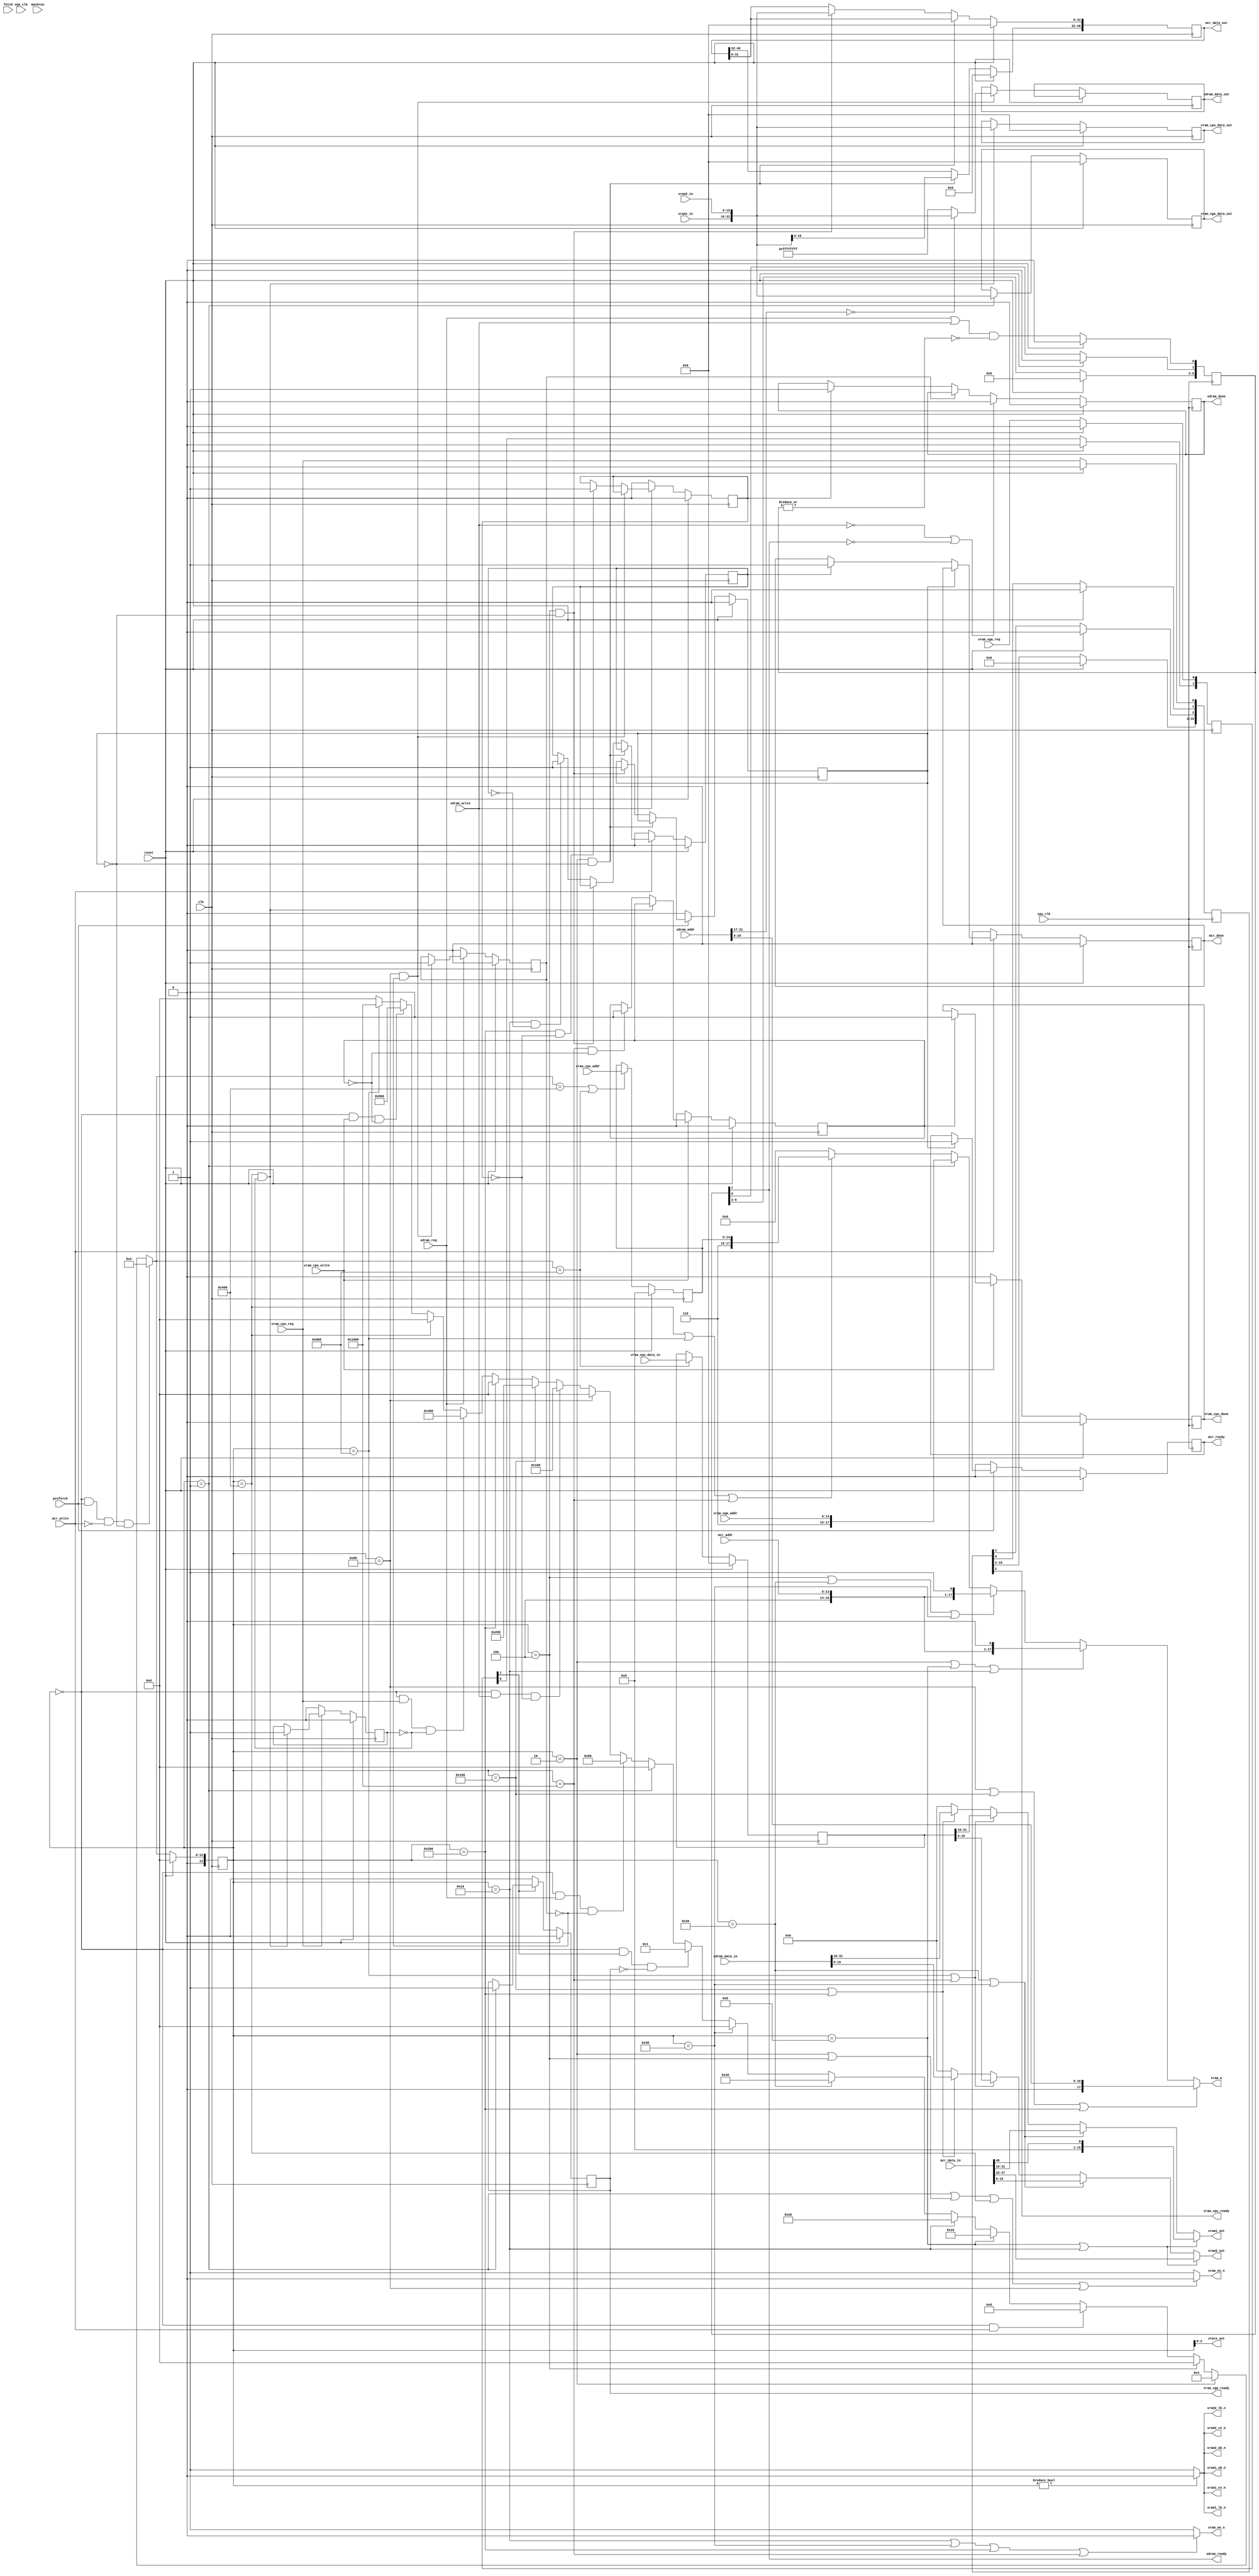
// fast_ram_controller.v

/* 
 * Basic 4 port ram controller with sram backend
 * used on fpga boards (like the S3 board) which only have sram;
 * basically everything is jammed into the one sdram
 * 
 * This version runs at 8x the main clock and hides all it's activity, using
 * two different state machines.  The 8x machine does the real work and samples
 * signals from the 1x machine.  The 1x machine services the cpu requests and
 * samples signals from the 8x machine.
 * 
 * ports:
 * 	microcode	r/w, 64 bits
 * 	sdram		r/w, 32 bits
 * 	vram vga	r/o, 32 bits
 * 	vram cpu	r/w, 32 bits
 *
 * CPU states:
 *  | decode | execute | write  | fetch  | decode | execute | write  | fetch  |
 *                         ^        ^
 *                         |        + valid mcr data
 *                         |
 *                         + latch mcr data / mcr write
 *
 *
 *
 *
 *  cpu		controller			ram
 * 
 *  decode					
 *  execute					
 *  write	prefetch/latch-mcr-data		
 *  fetch	fetch				
 *
 * states
 * S_MCR_WR1 -> S_MCR_WR2
 * 		assert address & data
 * S_MCR_WR2 -> S_MCR_WR3
 * 		we, wr mcr hi
 * S_MCR_WR3 -> S_MCR_WR3
 * 		assert address & data
 * S_MCR_WR4
 * 		we, wr mcr lo
 * S_VGA_RD
 * 		vram-rd; latch vram-vga data
 * S_MCR_RD1 -> S_MCR_RD2
 * 		latch mcr data hi
 * S_MCR_RD2
 * 		latch mcr data lo
 * S_VRAM_WR1 -> S_VRAM_WR2
 * 		assert address & data
 * S_VRAM_WR2
 * 		we, vram-wr
 * S_VRAM_RD
 * 		vram-rd; latch vram-cpu data
 * S_SDRAM_RD
 * 		sdram-rd; latch sdram data
 * S_SDRAM_WR1 -> S_SDRAM_WR2
 * 		assert address & data
 * S_SDRAM_WR2
 * 		we, sdram-wr
*/

module fast_ram_controller(
			   clk, vga_clk, cpu_clk,
			   reset, prefetch, fetch, machrun, state_out,

			   mcr_addr, mcr_data_out, mcr_data_in,
			   mcr_ready, mcr_write, mcr_done,

			   sdram_addr, sdram_data_in, sdram_data_out,
			   sdram_req, sdram_ready, sdram_write, sdram_done,

			   vram_cpu_addr, vram_cpu_data_in, vram_cpu_data_out,
			   vram_cpu_req, vram_cpu_ready,
			   vram_cpu_write, vram_cpu_done,

			   vram_vga_addr, vram_vga_data_out,
			   vram_vga_req, vram_vga_ready,

			   sram_a, sram_oe_n, sram_we_n,

			   sram1_in, sram1_out, sram1_ce_n,
			   sram1_ub_n, sram1_lb_n,

			   sram2_in, sram2_out, sram2_ce_n,
			   sram2_ub_n, sram2_lb_n);

   input clk;
   input vga_clk;
   input cpu_clk;

   input reset;
   input prefetch;
   input fetch;
   input machrun;
   output [3:0] state_out;
   
   input [13:0]  mcr_addr;
   output [48:0] mcr_data_out;
   input [48:0]  mcr_data_in;
   output 	 mcr_ready;
   input 	 mcr_write;
   output 	 mcr_done;

   input [21:0]  sdram_addr;
   output [31:0] sdram_data_out;
   input [31:0]  sdram_data_in;
   input 	 sdram_req;
   output 	 sdram_ready;
   input 	 sdram_write;
   output 	 sdram_done;

   input [14:0]  vram_cpu_addr;
   output [31:0] vram_cpu_data_out;
   input [31:0]  vram_cpu_data_in;
   input 	 vram_cpu_req;
   output 	 vram_cpu_ready;
   input 	 vram_cpu_write;
   output 	 vram_cpu_done;

   input [14:0]  vram_vga_addr;
   output [31:0] vram_vga_data_out;
   input 	 vram_vga_req;
   output 	 vram_vga_ready;

   output [17:0] sram_a;
   output 	 sram_oe_n;
   output 	 sram_we_n;
   input [15:0]  sram1_in;
   input [15:0]  sram2_in;
   output [15:0]  sram1_out;
   output [15:0]  sram2_out;
   output 	 sram1_ce_n, sram1_ub_n, sram1_lb_n;
   output 	 sram2_ce_n, sram2_ub_n, sram2_lb_n;

   reg 		 vram_vga_ready;
//   reg 		 vram_cpu_ready;
   reg 		 vram_cpu_done;
   reg 		 sdram_done;
   reg 		 sdram_rdy;

   reg 		 mcr_ready;
   reg 		 mcr_done;
   
   wire 	 mcr_req;

   reg 		 int_mcr_ready;
   reg 		 int_mcr_done;
   reg 		 int_vram_cpu_ready;
   reg 		 int_vram_cpu_done;
   reg 		 int_sdram_done;
   reg 		 int_sdram_rdy;
   
   reg [14:0] 	 vram_cpu_addr_d;
   reg [31:0] 	 vram_cpu_data_in_d;
   
   // ---------------------------

//   parameter S_IDLE        = 0,
//	       S_VGA_RD    = 1,
//	       S_MCR_RD1   = 2,
//	       S_MCR_RD2   = 3,
//	       S_MCR_WR1   = 4,
//	       S_MCR_WR2   = 5,
//	       S_MCR_WR3   = 6,
//	       S_MCR_WR4   = 7,
//	       S_SDRAM_RD  = 8,
//	       S_SDRAM_WR1 = 9,
//	       S_SDRAM_WR2 = 10,
//	       S_VRAM_RD   = 11,
//	       S_VRAM_WR1  = 12,
//	       S_VRAM_WR2  = 13;
   parameter S_IDLE        = 14'b0,
	       S_VGA_RD    = 14'b00000000000001,
	       S_MCR_RD1   = 14'b00000000000010,
	       S_MCR_RD2   = 14'b00000000000100,
	       S_MCR_WR1   = 14'b00000000001000,
	       S_MCR_WR2   = 14'b00000000010000,
	       S_MCR_WR3   = 14'b00000000100000,
	       S_MCR_WR4   = 14'b00000001000000,
	       S_SDRAM_RD  = 14'b00000010000000,
	       S_SDRAM_WR1 = 14'b00000100000000,
	       S_SDRAM_WR2 = 14'b00001000000000,
	       S_VRAM_RD   = 14'b00010000000000,
	       S_VRAM_WR1  = 14'b00100000000000,
	       S_VRAM_WR2  = 14'b01000000000000;
   
   reg [13:0] 	 state; // synthesis attribute fsm_encoding of state is one-hot
   wire [13:0] 	 next_state;

   always @(posedge clk)
     if (reset)
       state <= S_IDLE;
     else
       state <= next_state;

   wire vram_vga_req_sync;

   assign next_state =
      (state == S_IDLE && mcr_req && ~mcr_write && ~int_mcr_ready) ? S_MCR_RD1 :
      (state == S_MCR_RD1) ? S_MCR_RD2 :
      (state == S_MCR_RD2) ? S_IDLE :
      (state == S_IDLE && mcr_write) ? S_MCR_WR1 :
      (state == S_MCR_WR1) ? S_MCR_WR2 :
      (state == S_MCR_WR2) ? S_MCR_WR3 :
      (state == S_MCR_WR3) ? S_MCR_WR4 :
      (state == S_MCR_WR4) ? S_IDLE :
      (state == S_IDLE && vram_vga_req_sync && ~vram_vga_ready) ? S_VGA_RD :
      (state == S_VGA_RD) ? S_IDLE :
      (state == S_IDLE && sdram_req && ~int_sdram_rdy) ? S_SDRAM_RD :
      (state == S_SDRAM_RD) ? S_IDLE :
      (state == S_IDLE && sdram_write && ~int_sdram_done) ? S_SDRAM_WR1 :
      (state == S_SDRAM_WR1) ? S_SDRAM_WR2 :
      (state == S_SDRAM_WR2) ? S_IDLE :
      (state == S_IDLE && vram_cpu_req && ~int_vram_cpu_ready) ? S_VRAM_RD :
      (state == S_VRAM_RD) ? S_IDLE :
      (state == S_IDLE && vram_cpu_write && ~int_vram_cpu_done) ? S_VRAM_WR1 :
      (state == S_VRAM_WR1) ? S_VRAM_WR2 :
      (state == S_VRAM_WR2) ? S_IDLE :
      S_IDLE;
   
   assign state_out = state;
   
   // ---------------------------

   wire 	 vram_access;
   wire 	 sdram_access;
   
   assign 	 vram_access = vram_cpu_write || vram_cpu_req;
   assign 	 sdram_access = sdram_write || sdram_req;

   // sram partition map:
   //  111
   //  765
   //  00x sdram
   //  01x sdram
   //  10x mcr
   //  11x vram

   wire sram_a_sdram;
   wire sram_a_mcr_h;
   wire sram_a_mcr_l;
   wire sram_a_vga;
   wire sram_a_vram;

   assign sram_a_sdram =
	state == S_SDRAM_RD || state == S_SDRAM_WR1 || state == S_SDRAM_WR2;

   assign sram_a_mcr_h =
	state == S_MCR_RD1 || state == S_MCR_WR1 || state == S_MCR_WR2;

   assign sram_a_mcr_l =
	state == S_MCR_RD2 || state == S_MCR_WR3 || state == S_MCR_WR4;

   assign sram_a_vga =
	state == S_VGA_RD;

   assign sram_a_vram = 
	state == S_VRAM_RD || state == S_VRAM_WR1 || state == S_VRAM_WR2;
   
   assign sram_a =
		  sram_a_sdram ? { 1'b0, sdram_addr[16:0] } :
		  sram_a_mcr_h ? { 3'b100, mcr_addr, 1'b0 } :
		  sram_a_mcr_l ? { 3'b100, mcr_addr, 1'b1 } :
		  sram_a_vga   ? { 3'b110, vram_vga_addr } :
		  sram_a_vram  ? { 3'b110, vram_cpu_addr_d } :
		  0;

   assign sram_oe_n =
		     ((state == S_VGA_RD) ||
		      (state == S_MCR_RD1 || state == S_MCR_RD2) ||
		      (state == S_VRAM_RD) ||
		      (state == S_SDRAM_RD)) ? 1'b0 :
		     1'b1;

   assign sram_we_n =
		     ((state == S_MCR_WR2 || state == S_MCR_WR4) ||
		      (state == S_SDRAM_WR2) ||
		      (state == S_VRAM_WR2)) ? 1'b0 :
		     1'b1;

   assign sram1_ce_n = state != S_IDLE ? 1'b0 : 1'b1;
   assign sram2_ce_n = state != S_IDLE ? 1'b0 : 1'b1;
   
   assign sram1_ub_n = state != S_IDLE ? 1'b0 : 1'b1;
   assign sram1_lb_n = state != S_IDLE ? 1'b0 : 1'b1;

   assign sram2_ub_n = state != S_IDLE ? 1'b0 : 1'b1;
   assign sram2_lb_n = state != S_IDLE ? 1'b0 : 1'b1;

   //
   // [48:0]
   //	{15'b0, [48:32]} [31:0]
   //	{15'b0[48]}, [47:32] [31:16] [15:0]
   //

//`ifdef debug
   wire [48:0] mcr_data_in_x;

   // patch out disk-copy (which takes hours to sim)
//   assign mcr_data_in_x = mcr_addr == 14'o24045 ? 49'h000000001000 :mcr_data_in;
 assign mcr_data_in_x = mcr_data_in;
//`endif
   
   assign sram1_out =
    (state == S_MCR_WR1 || state == S_MCR_WR2) ? {15'b0, mcr_data_in_x[48]} :
    (state == S_MCR_WR3 || state == S_MCR_WR4) ? mcr_data_in_x[31:16] :
    (state == S_VRAM_WR1 || state == S_VRAM_WR2)   ? vram_cpu_data_in_d[31:16] :
    (state == S_SDRAM_WR1 || state == S_SDRAM_WR2) ? sdram_data_in[31:16] :
    16'b0;
		    
   assign sram2_out =
    (state == S_MCR_WR1 || state == S_MCR_WR2) ? mcr_data_in_x[47:32] :
    (state == S_MCR_WR3 || state == S_MCR_WR4) ? mcr_data_in_x[15:0] :
    (state == S_VRAM_WR1 || state == S_VRAM_WR2) ? vram_cpu_data_in_d[15:0] :
    (state == S_SDRAM_WR1 || state == S_SDRAM_WR2) ? sdram_data_in[15:0] :
    16'b0;

   // ---------------------------

`define original_mcr
`ifdef original_mcr
   reg [48:0] 	 mcr_out;

   // mcr read - internal
   always @(posedge clk)
     if (reset)
       begin
	  mcr_out <= 0;
	  int_mcr_ready <= 0;
	  int_mcr_done <= 0;
       end
     else
       begin
	  if (state == S_MCR_RD1 && ~int_mcr_ready)
	    begin
	       mcr_out[48:32] <= { sram1_in[0], sram2_in };
	    end
	  else
	    if (state == S_MCR_RD2 && ~int_mcr_ready)
	      begin
		 mcr_out[31:0] <= { sram1_in, sram2_in };
		 int_mcr_ready <= 1;
	      end
	    else
	      if (state == S_MCR_WR2 && ~int_mcr_done)
		int_mcr_done <= 1;

	  if (~mcr_req)
	    int_mcr_ready <= 0;
	  if (~mcr_write)
	    int_mcr_done <= 0;
       end

   // mcr read - cpu interface
   assign mcr_req = prefetch;

   assign mcr_data_out = mcr_out;

   always @(posedge cpu_clk)
     if (reset)
       begin
	  mcr_ready <= 0;
	  mcr_done <= 0;
       end
     else
       begin
	  if (int_mcr_ready)
	    begin
`ifdef debug_mcr
	       if (~mcr_ready)
		   $display("rc: mcr %o", mcr_data_out);
`endif
	       mcr_ready <= 1;
	    end
	  else
	    if (int_mcr_done)
	      begin
		 mcr_done <= 1;
	      end

	  if (~mcr_req)
	    mcr_ready <= 0;
	  if (~mcr_write)
	    mcr_done <= 0;
       end
   
`ifdef debug_mcr
   always @(posedge clk)
     begin
	if (mcr_write)
	  $display("rc: mcr_write state %d", state);
				
	if (state == S_MCR_WR1)
	  $display("rc: mcr_write1 %o -> %o", mcr_addr, mcr_data_in);
	if (state == S_MCR_WR2)
	  $display("rc: mcr_write2 %o -> %o", mcr_addr, mcr_data_in);

	if (state == S_MCR_RD1)
	  $display("rc: mcr_read1 %o -> %o", mcr_addr, { sram1_in, sram2_in });
	if (state == S_MCR_RD2)
	  $display("rc: mcr_read2 %o -> %o; %t",
		   mcr_addr, { mcr_data_out[48:32], { sram1_in, sram2_in } },
		   $time);
     end
`endif

`endif

   // vram_vga read - vga controller only
   reg [1:0] vram_vga_req_syncro;
   
   always @(posedge clk)
     if (reset)
       vram_vga_req_syncro <= 0;
     else
       begin
	  vram_vga_req_syncro[0] <= vram_vga_req;
	  vram_vga_req_syncro[1] <= vram_vga_req_syncro[0];
       end

   assign vram_vga_req_sync = vram_vga_req_syncro[1];
   
   //   
   reg [31:0] 	 vram_cpu_data;
   reg [31:0] 	 vram_vga_data;

   always @(posedge clk)
     if (reset)
       begin
	  vram_vga_data <= 0;
	  vram_vga_ready <= 0;
       end
     else
       begin
	  if (state == S_VGA_RD)
	    begin
	       vram_vga_data <= { sram1_in, sram2_in };
	       vram_vga_ready <= 1;
`ifdef debug
	       $display("rc: vram vga read %o -> %o",
			vram_vga_addr, { sram1_in, sram2_in });
`endif
	    end

	  if (~vram_vga_req_sync)
	    vram_vga_ready <= 0;
       end

   assign vram_vga_data_out = vram_vga_data;
   
`define original_vga   
`ifdef original_vga
   // vram_cpu read/write

   // vram_cpu - internal
   always @(posedge clk)
     if (reset)
       begin
	  vram_cpu_data <= 0;
	  int_vram_cpu_ready <= 0;
	  int_vram_cpu_done <= 0;
       end
     else
       begin
	  if (state == S_VRAM_RD && ~int_vram_cpu_ready)
	    begin
	       vram_cpu_data <= { sram1_in, sram2_in };
	       int_vram_cpu_ready <= 1;
	    end
	  else
	    if (state == S_VRAM_WR2 && ~int_vram_cpu_done)
	      int_vram_cpu_done <= 1;

	  if (~vram_cpu_req)
	    int_vram_cpu_ready <= 0;

	  if (~vram_cpu_write)
	    int_vram_cpu_done <= 0;
       end

   assign vram_cpu_data_out = vram_cpu_data;

   // vram_cpu - register addr & data
   always @(posedge clk)
     if (reset)
       begin
	  vram_cpu_addr_d <= 0;
	  vram_cpu_data_in_d <= 0;
       end
     else
       begin
	  if (next_state == S_VRAM_RD || next_state == S_VRAM_WR1)
	    vram_cpu_addr_d <= vram_cpu_addr;
	  if (next_state == S_VRAM_WR1)
	    vram_cpu_data_in_d <= vram_cpu_data_in;
       end

   // vram_cpu - cpu interface
   always @(posedge cpu_clk)
     if (reset)
       begin
//	  vram_cpu_ready <= 0;
	  vram_cpu_done <= 0;
       end
     else
       begin
//	  if (int_vram_cpu_ready)
//	    vram_cpu_ready <= 1;
//	  else
	    if (int_vram_cpu_done)
	      vram_cpu_done <= 1;
	  
//	  if (~vram_cpu_req)
//	    vram_cpu_ready <= 0;
	  if (~vram_cpu_write)
	    vram_cpu_done <= 0;
       end

   reg [10:0] vram_ack_delayed;

   always @(posedge cpu_clk)
     if (reset)
       vram_ack_delayed <= 0;
     else
       begin
          vram_ack_delayed[0] <= vram_cpu_req;
          vram_ack_delayed[1] <= vram_ack_delayed[0];
          vram_ack_delayed[2] <= vram_ack_delayed[1];
//          vram_ack_delayed[3] <= vram_ack_delayed[2];
//          vram_ack_delayed[4] <= vram_ack_delayed[3];
//          vram_ack_delayed[5] <= vram_ack_delayed[4];
//	  vram_ack_delayed[6] <= vram_ack_delayed[5];
       end

//   assign vram_cpu_ready = vram_ack_delayed[6];
   assign vram_cpu_ready = vram_ack_delayed[2];
   
`ifdef debug
   always @(posedge cpu_clk)
     if (int_vram_cpu_done && vram_cpu_write)
       $display("vram: W addr %o <- %o; %t",
		vram_cpu_addr_d, vram_cpu_data_in_d, $time);

   always @(posedge cpu_clk)
     if (vram_cpu_write)
       $display("vram: W addr %o <- %o; state %d %t",
		vram_cpu_addr_d, vram_cpu_data_in_d, state, $time);
`endif
`endif //  `ifdef original_vga
   
`define original_dram
`ifdef original_dram
   reg [31:0] sdram_out; // synthesis attribute keep sdram_out true;

   // sdram - internal
   always @(posedge clk)
     if (reset)
       begin
	  int_sdram_rdy <= 0;
	  int_sdram_done <= 0;
       end
     else
       begin
	  if (state == S_SDRAM_RD && ~int_sdram_rdy)
	    begin
//	       sdram_out <= { sram1_in, sram2_in };
	       sdram_out <= sdram_addr[21:17] == 0 ?
			    {sram1_in, sram2_in} : 32'hffffffff;
	       int_sdram_rdy <= 1;
	    end
	  else
	    if (state == S_SDRAM_WR2 && ~int_sdram_done)
	      int_sdram_done <= 1;

	  if (~sdram_req)
	    int_sdram_rdy <= 0;
	  if (~sdram_write)
	    int_sdram_done <= 0;
	  
       end
   
   // sdram - cpu interface
   always @(posedge cpu_clk)
     if (reset)
       begin
	  sdram_rdy <= 0;
	  sdram_done <= 0;
       end
     else
       begin
	  if (int_sdram_rdy)
	    begin
 `ifdef debug
	       if (~sdram_rdy)
		 $display("rc: sdram_req %o -> %o", sdram_addr, sdram_out);
`endif
	       sdram_rdy <= 1;
	    end
	  else
	    if (int_sdram_done)
	      begin
		 sdram_done <= 1;
	      end

`ifdef debug
	  if (sdram_done)
	    $display("rc: sdram_write %o <- %o", sdram_addr, sdram_data_in);
`endif
	  
	  if (~sdram_req)
	    sdram_rdy <= 0;
	  if (~sdram_write || ~sdram_ready)
	    begin
`ifdef debug_xxx
	       if (sdram_done)
		 $display("rc: clear sdram_write");
`endif
	       sdram_done <= 0;
	    end
       end

   assign sdram_data_out = sdram_out;
   
   // sdram ack delay
   reg [6:0] sdram_rdy_delay;

   assign    sdram_ready = sdram_rdy_delay[1];
//   assign    sdram_ready = sdram_rdy_delay[2];
//   assign    sdram_ready = sdram_rdy_delay[3];
//   assign    sdram_ready = sdram_rdy_delay[4];
//   assign    sdram_ready = sdram_rdy_delay[5];
//   assign     sdram_ready = sdram_rdy_delay[6];
   
   always @(posedge cpu_clk)
     if (reset)
       sdram_rdy_delay <= 0;
     else
       begin
	  /* ready is at fixed time from req - assumes we keep up */
	  sdram_rdy_delay[0] <= (sdram_req || sdram_write) & ~|sdram_rdy_delay;
	  sdram_rdy_delay[1] <= sdram_rdy_delay[0];
//	  sdram_rdy_delay[2] <= sdram_rdy_delay[1];
//	  sdram_rdy_delay[3] <= sdram_rdy_delay[2];
//	  sdram_rdy_delay[4] <= sdram_rdy_delay[3];
//	  sdram_rdy_delay[5] <= sdram_rdy_delay[4];
//	  sdram_rdy_delay[6] <= sdram_rdy_delay[5];
       end
`endif

//---------------------------------

//`define hack_dram
`ifdef hack_dram
   parameter 	 DRAM_SIZE = 131072;
   parameter 	 DRAM_BITS = 17;

   reg [31:0] 	 dram[DRAM_SIZE-1:0];
   wire [DRAM_BITS-1:0] sdram_addr20;
   reg [10:0] 	 ack_delayed;
   reg 		 sdram_was_write;
   reg 		 sdram_was_read;

   wire 	 sdram_start;
   wire 	 sdram_start_write;
   wire 	 sdram_start_read;

   integer 	 i;
   
   initial
     for (i = 0; i < DRAM_SIZE; i = i + 1)
       dram[i] = 0;

   assign sdram_addr20 = sdram_addr[DRAM_BITS-1:0];

   assign sdram_data_out = sdram_addr < DRAM_SIZE ?
			   dram[sdram_addr20] : 32'hffffffff;

   assign sdram_start = ack_delayed == 0;
   assign sdram_start_write = sdram_start && sdram_write;
   assign sdram_start_read = sdram_start && sdram_req;

//   assign sdram_done = ack_delayed[2] && sdram_was_write;
//   assign sdram_ready = ack_delayed[2] && sdram_was_read;
//assign sdram_done = ack_delayed[4] && sdram_was_write;
//assign sdram_ready = ack_delayed[4] && sdram_was_read;
assign sdram_done = ack_delayed[6] && sdram_was_write;
assign sdram_ready = ack_delayed[6] && sdram_was_read;
   
   always @(posedge cpu_clk)
     if (reset)
       ack_delayed <= 0;
     else
       begin
          ack_delayed[0] <= sdram_start_read || sdram_start_write;
          ack_delayed[1] <= ack_delayed[0];
          ack_delayed[2] <= ack_delayed[1];
          ack_delayed[3] <= ack_delayed[2];
          ack_delayed[4] <= ack_delayed[3];
          ack_delayed[5] <= ack_delayed[4];
          ack_delayed[6] <= ack_delayed[5];
       end

   always @(posedge cpu_clk)
     begin
	if (sdram_start_write)
	  begin
	     if (sdram_addr < DRAM_SIZE)
	       dram[sdram_addr20] = sdram_data_in;
 	     sdram_was_write = 1;
 	     sdram_was_read = 0;
	  end

	if (sdram_start_read)
	  begin
 	     sdram_was_write = 0;
 	     sdram_was_read = 1;
	  end
     end
`endif
   
//`define hack_mcr
`ifdef hack_mcr
//----------------------------

   parameter MCR_RAM_SIZE = 16384;

   reg [48:0] 	 mcr_ram [0:MCR_RAM_SIZE-1];
   reg [48:0] 	 mcr_out;
 	 
   integer 	 debug;
   integer 	 ii;

   initial
     begin
	debug = 0;
	for (ii = 0; ii < MCR_RAM_SIZE; ii=ii+1)
          mcr_ram[ii] = 49'b0;
     end

   always @(posedge clk)
     if (reset)
       int_mcr_done <= 0;
     else
       begin
	  if (state == S_MCR_WR4 && ~int_mcr_done)
	    begin
	       int_mcr_done <= 1;

               // patch out disk-copy (which takes 12 hours to sim)
//               if (mcr_addr == 14'o24045)
//		 mcr_ram[ mcr_addr ] = 49'h000000001000;
//               else
		 mcr_ram[ mcr_addr ] = mcr_data_in;
	    end

	  if (~mcr_write)
	    int_mcr_done <= 0;
       end

   always @(posedge cpu_clk)
     if (reset)
	  mcr_done <= 0;
     else
       begin
	  if (int_mcr_done)
	    mcr_done <= 1;

	  if (~mcr_write)
	    mcr_done <= 0;
       end

    always @(posedge clk)
     if (reset)
       begin
	  mcr_out <= 0;
	  int_mcr_ready <= 0;
       end
     else
       begin
	  if (state == S_MCR_RD2 && ~int_mcr_ready)
	    begin
	       mcr_out <= mcr_ram[ mcr_addr ];
	       int_mcr_ready <= 1;
	    end

	  if (~mcr_req)
	    int_mcr_ready <= 0;
       end

   always @(posedge cpu_clk)
     if (reset)
       mcr_ready <= 0;
     else
       begin
	  if (int_mcr_ready)
	    mcr_ready <= 1;

	  if (~mcr_req)
	    mcr_ready <= 0;
       end

   assign mcr_data_out = mcr_out;
   
   assign mcr_req = prefetch;

// ---------------------------
`endif //  `ifdef hack_mcr

//`define hack_vga
`ifdef hack_vga
   reg [31:0] 	 vram[0:21503];

   reg [14:0] 	 pending_vram_addr;
   reg [31:0] 	 pending_vram_data;
   reg 		 pending_vram_write;
   reg 		 pending_vram_read;

   integer iii;
   
   initial
     for (iii = 0; iii < 21504; iii = iii + 1)
       vram[iii] = 0;

   assign vram_cpu_data_out = vram[vram_cpu_addr];
   assign vram_vga_data_out = vram[vram_vga_addr];
   assign vram_vga_ready = 1;
   
   always @(posedge cpu_clk)
     if (reset)
       begin
	  pending_vram_addr <= 0;
	  pending_vram_data <= 0;
	  
	  pending_vram_write <= 0;
	  pending_vram_read <= 0;
       end
     else
       begin
	  if (vram_cpu_write)
	    begin
	       pending_vram_addr <= vram_cpu_addr;
	       pending_vram_data <= vram_cpu_data_in;
	       pending_vram_write <= 1;
	    end
	  else
	    if (vram_cpu_done)
	       pending_vram_write <= 0;
	  
	  if (vram_cpu_req)
	    begin
	       $display("vram: R addr %o -> %o; %t",
			vram_cpu_addr, vram[vram_cpu_addr], $time);
	       pending_vram_addr <= vram_cpu_addr;
	       pending_vram_read <= 1;
	    end
	  else
	    pending_vram_read <= 0;
       end

   reg [6:0] 	 vram_ack_delayed;

   always @(posedge cpu_clk)
     if (reset)
       vram_ack_delayed <= 0;
     else
       begin
          vram_ack_delayed[0] <= vram_cpu_req;
//          vram_ack_delayed[1] <= vram_ack_delayed[0];
//          vram_ack_delayed[2] <= vram_ack_delayed[1];
//          vram_ack_delayed[3] <= vram_ack_delayed[2];
//          vram_ack_delayed[4] <= vram_ack_delayed[3];
//          vram_ack_delayed[5] <= vram_ack_delayed[4];
//          vram_ack_delayed[6] <= vram_ack_delayed[5];
       end

//   assign vram_cpu_ready = pending_vram_read;
//   assign vram_cpu_ready = vram_ack_delayed[6];
   assign vram_cpu_ready = vram_ack_delayed[0];

   always @(posedge cpu_clk)
     begin
	vram_cpu_done = 0;
	if (~fetch)
	  begin
	     if (pending_vram_write)
	       begin
		  vram[pending_vram_addr] = pending_vram_data;
		  vram_cpu_done = 1;
		  
		  $display("vram: W addr %o <- %o; %t",
			   pending_vram_addr, pending_vram_data, $time);
	       end
	  end
     end
`endif   

endmodule